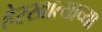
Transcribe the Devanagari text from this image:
हेरखात्याच्या